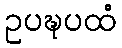
ဥပဍ္ဎပထံ